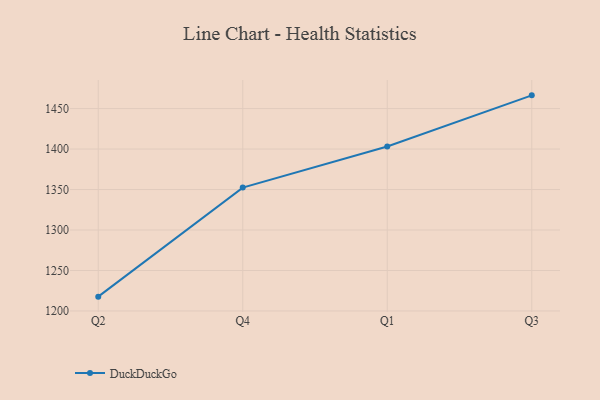
{"axis": {"x": "Quarter", "y": "Demand Index"}, "legend": ["DuckDuckGo"], "data": [{"x": "Q2", "y": 1217.7, "type": "DuckDuckGo"}, {"x": "Q4", "y": 1352.4, "type": "DuckDuckGo"}, {"x": "Q1", "y": 1403.1, "type": "DuckDuckGo"}, {"x": "Q3", "y": 1466.3, "type": "DuckDuckGo"}]}